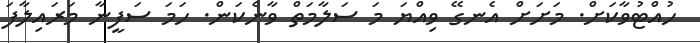
ހުއްޓުވާކަށް. މަށަށް އެނގޭ ވިއްޔަ މަ ސަލާމަތް ވާނެކަން. ހަމަ ސަފީނާ މަރައިލާފަ